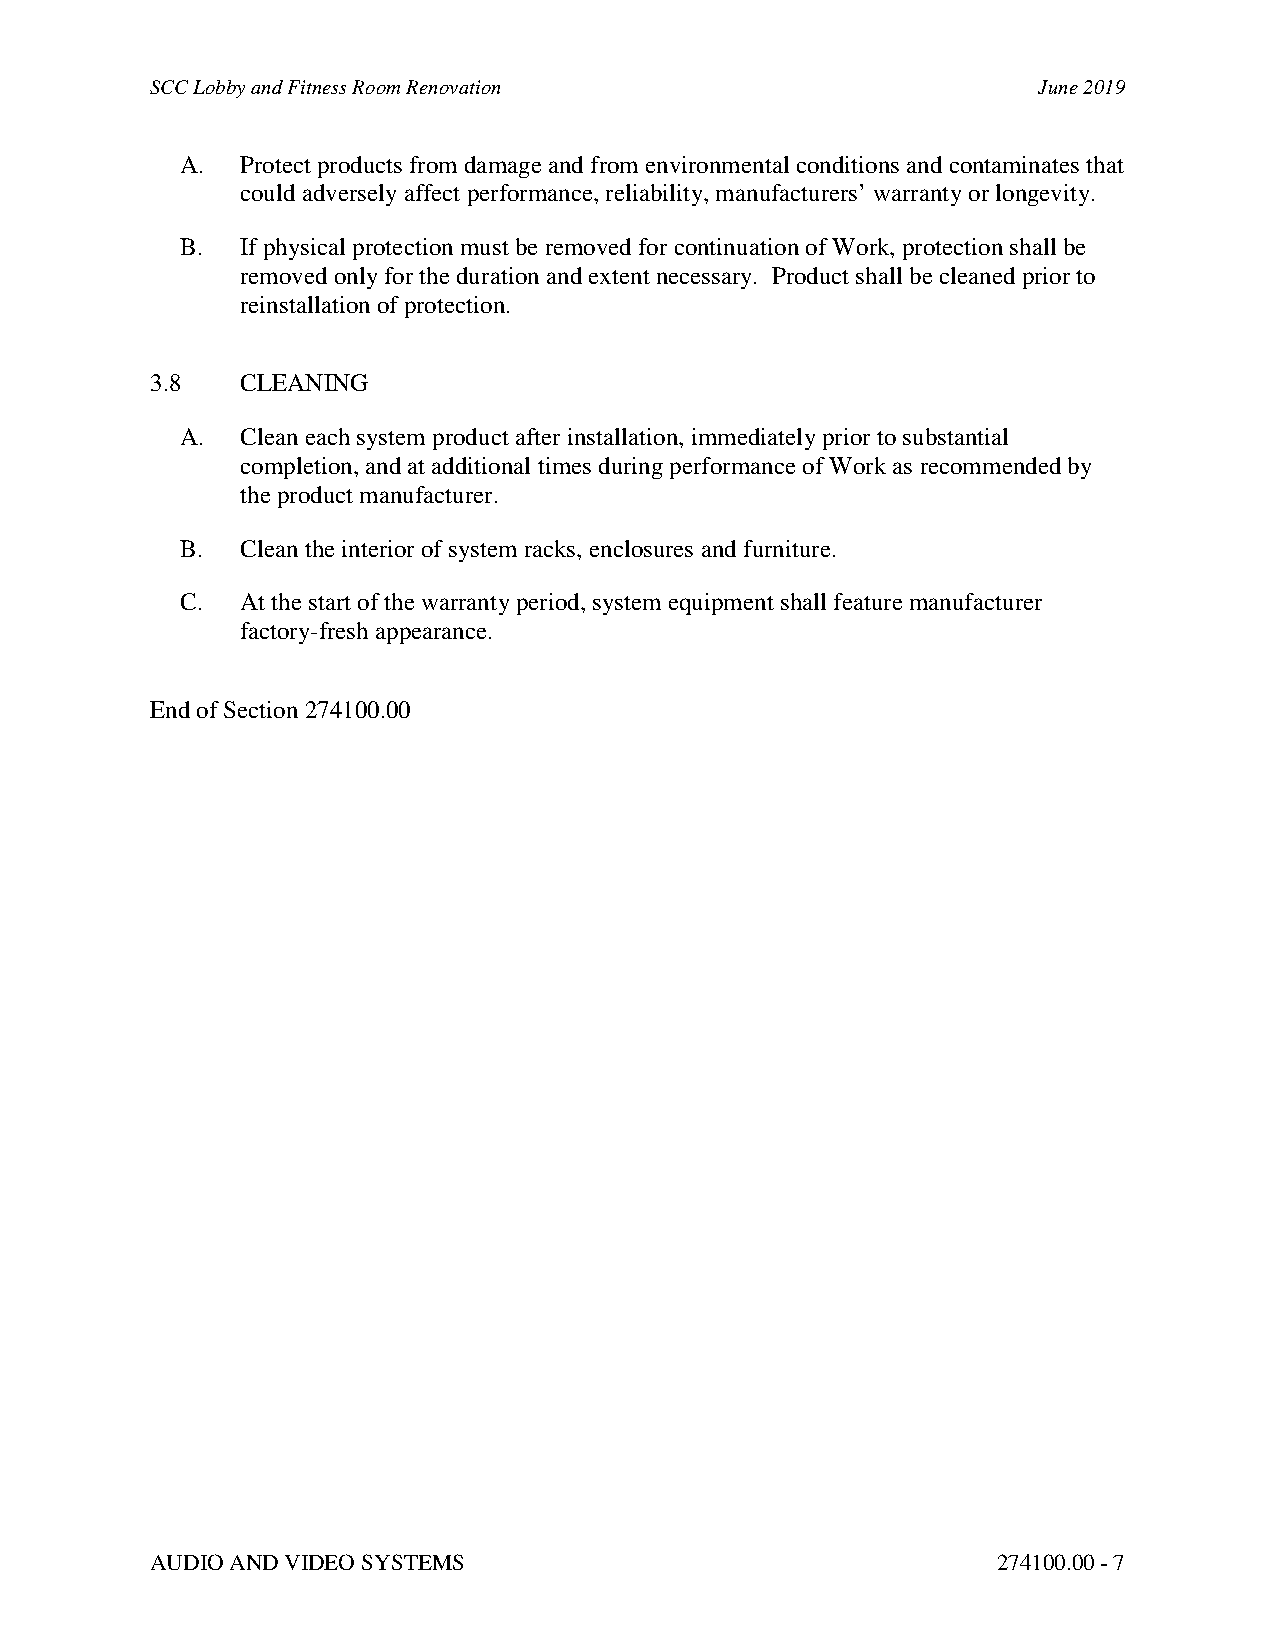
SCC Lobby and Fitness Room Renovation                      June 2019
 A.  Protect products from damage and from environmental conditions and contaminates that
 could adversely affect performance, reliability, manufacturers’ warranty or longevity.
 B.  If physical protection must be removed for continuation of Work, protection shall be
 removed only for the duration and extent necessary. Product shall be cleaned prior to
 reinstallation of protection.
 3.8   CLEANING
 A.  Clean each system product after installation, immediately prior to substantial
 completion, and at additional times during performance of Work as recommended by
 the product manufacturer.
 B.  Clean the interior of system racks, enclosures and furniture.
 C.  At the start of the warranty period, system equipment shall feature manufacturer
 factory-fresh appearance.
 End of Section 274100.00
 AUDIO AND VIDEO SYSTEMS                                 274100.00 - 7